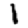
Digit: 1